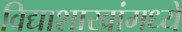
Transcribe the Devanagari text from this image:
विद्याशाखांमध्ये